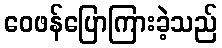
ဝေဖန်ပြောကြားခဲ့သည်